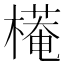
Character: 𣚖